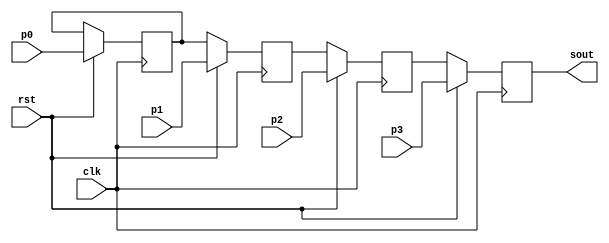
module piso(clk,rst,p3,p2,p1,p0,sout);
input clk,rst,p3,p2,p1,p0;
output reg sout;
reg q0,q1,q2;
always@(negedge clk)begin
if(rst) begin
q0<=p0;
q1<=p1;
q2<=p2;
sout<=p3;
end
else begin
q1<=q0;
q2<=q1;
sout<=q2;
end
end
endmodule